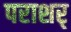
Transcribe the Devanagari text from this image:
पराशर्